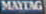
MAYTAG